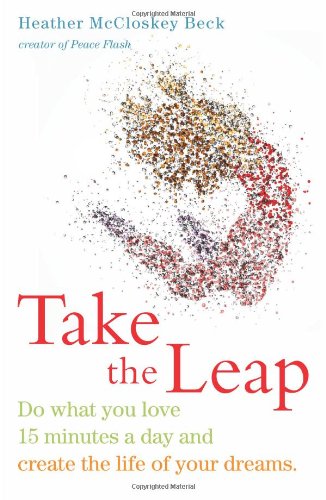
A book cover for Take the Leap: Do What You Love 15 Minutes a Day and Create the Life of Your Dreams; Heather McCloskey Beck; Health, Fitness & Dieting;